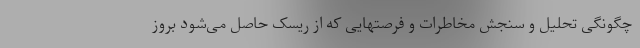
چگونگی تحلیل و سنجش مخاطرات و فرصتهایی که از ریسک حاصل می‌شود بروز